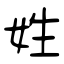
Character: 姓